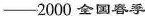
—2000 全国春季